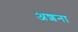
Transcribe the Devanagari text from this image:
अशना